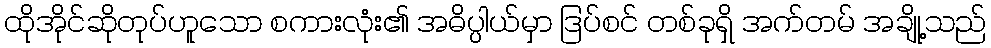
ထိုအိုင်ဆိုတုပ်ဟူသော စကားလုံး၏ အဓိပ္ပါယ်မှာ ဒြပ်စင် တစ်ခုရှိ အက်တမ် အချို့သည်